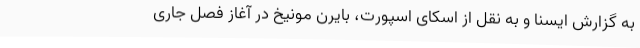
به گزارش ایسنا و به نقل از اسکای اسپورت، بایرن مونیخ در آغاز فصل جاری